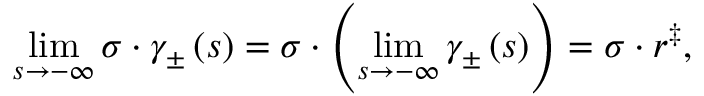
\operatorname* { l i m } _ { s \rightarrow - \infty } \sigma \cdot \gamma _ { \pm } \left( s \right) = \sigma \cdot \left( \operatorname* { l i m } _ { s \rightarrow - \infty } \gamma _ { \pm } \left( s \right) \right) = \sigma \cdot r ^ { \ddag } ,